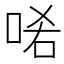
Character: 𠳈